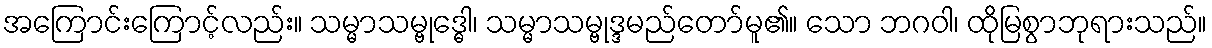
အကြောင်းကြောင့်လည်း။ သမ္မာသမ္ဗုဒ္ဓေါ၊ သမ္မာသမ္ဗုဒ္ဒမည်တော်မူ၏။ သော ဘဂဝါ၊ ထိုမြစွာဘုရားသည်။